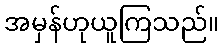
အမှန်ဟုယူကြသည်။